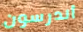
أندرسون